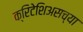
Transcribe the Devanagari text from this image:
क्रिटेशिअसच्या